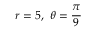
r = 5 , \ \theta = { \frac { \pi } { 9 } }